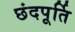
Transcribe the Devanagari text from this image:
छंदपूर्ति